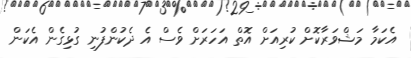
އެކަމާ މަޝްވަރާކޮށް ކުރިއަށް އޮތް އަހަރަށް ވެސް އެ ދެކުންފުނި ގުޅިގެން އެކަން